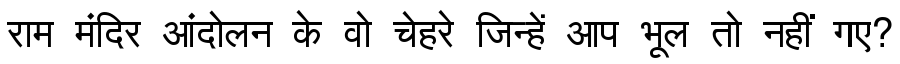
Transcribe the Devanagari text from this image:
राम मंदिर आंदोलन के वो चेहरे जिन्हें आप भूल तो नहीं गए?